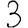
Digit: 3